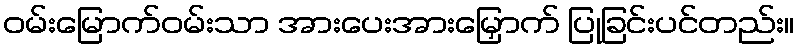
ဝမ်းမြောက်ဝမ်းသာ အားပေးအားမြှောက် ပြုခြင်းပင်တည်း။